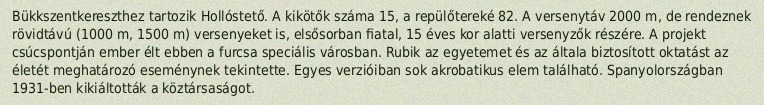
Bükkszentkereszthez tartozik Hollóstető. A kikötők száma 15, a repülőtereké 82. A versenytáv 2000 m, de rendeznek rövidtávú (1000 m, 1500 m) versenyeket is, elsősorban fiatal, 15 éves kor alatti versenyzők részére. A projekt csúcspontján ember élt ebben a furcsa speciális városban. Rubik az egyetemet és az általa biztosított oktatást az életét meghatározó eseménynek tekintette. Egyes verzióiban sok akrobatikus elem található. Spanyolországban 1931-ben kikiáltották a köztársaságot.